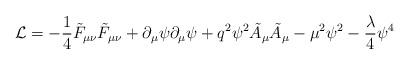
LaTeX: \begin{align*}{\cal L} = -\frac{1}{4}\tilde F_{\mu\nu}\tilde F_{\mu\nu} + \partial_\mu\psi\partial_\mu\psi + q^2 \psi^2 \tilde A_\mu\tilde A_\mu - \mu^2\psi^2-\frac{\lambda}{4}\psi^4\end{align*}